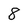
Character: 8